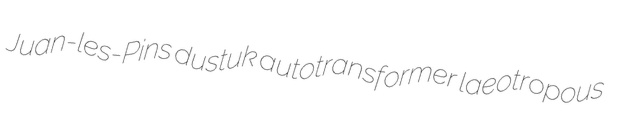
Juan-les-Pins dustuk autotransformer laeotropous